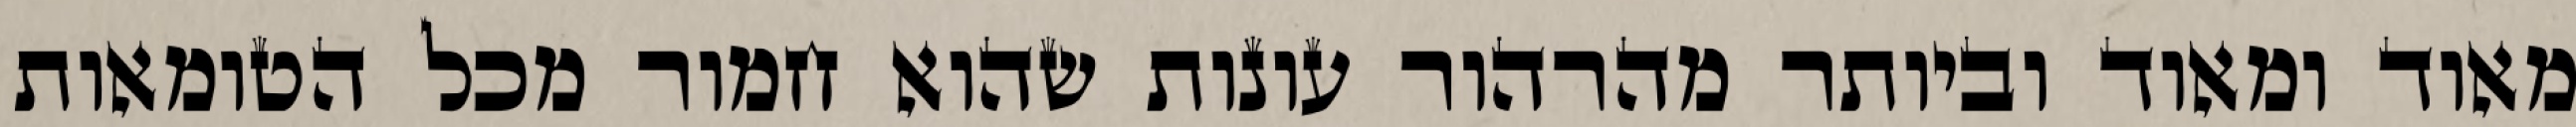
מאוד ומאוד וביותר מהרהור עונות שהוא חמור מכל הטומאות